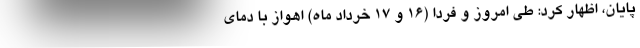
پایان،‌ اظهار کرد: طی امروز و فردا (۱۶ و ۱۷ خرداد ماه) اهواز با دمای